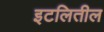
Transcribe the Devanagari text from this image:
इटलितील